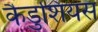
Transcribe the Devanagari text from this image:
कैडुशियस